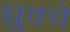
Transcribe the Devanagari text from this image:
ध्रुवचे